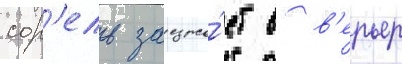
сор'ель заезжа́ет в в'ерьер